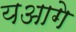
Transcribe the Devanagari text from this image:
यआगे